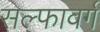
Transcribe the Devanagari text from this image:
सल्फावर्ग